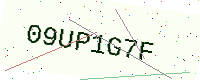
Text: 09UP1G7F